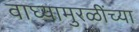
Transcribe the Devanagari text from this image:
वाघ्यामुरळींच्या